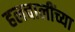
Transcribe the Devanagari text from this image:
हलचालींच्या